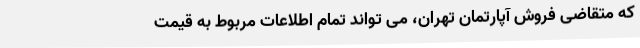
که متقاضی فروش آپارتمان تهران، می تواند تمام اطلاعات مربوط به قیمت